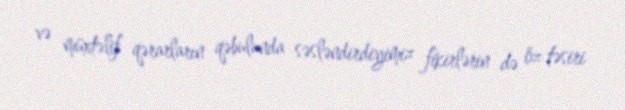
və müxtəlif qərarların qəbulunda səsləndirdiyimiz fikirlərin də öz təsiri